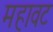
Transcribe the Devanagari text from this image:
महावट